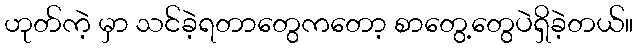
ဟုတ်ကဲ့ မှာ သင်ခဲ့ရတာတွေကတော့ စာတွေ့တွေပဲရှိခဲ့တယ်။